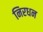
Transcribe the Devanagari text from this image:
निरधन